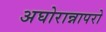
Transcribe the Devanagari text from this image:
अघोरान्नापरो